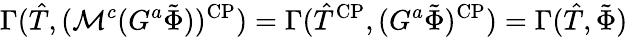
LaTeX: \Gamma(\hat{T},(\mathcal{M}^{c}(G^{a}\tilde{\Phi}))^{\mathrm{CP}})=\Gamma(\hat{T}^{\mathrm{CP}},(G^{a}\tilde{\Phi})^{\mathrm{CP}})=\Gamma(\hat{T},\tilde{\Phi})